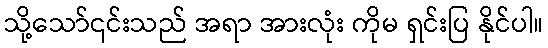
သို့သော်၎င်းသည် အရာ အားလုံး ကိုမ ရှင်းပြ နိုင်ပါ။